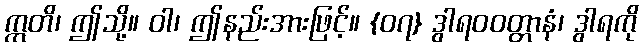
ဣတိ၊ ဤသို့။ ဝါ၊ ဤနည်းအားဖြင့်။ {၀၇} ဒွါရဝဝတ္တာနံ၊ ဒွါရကို